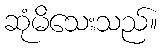
ဆုံမိသေးသည်။